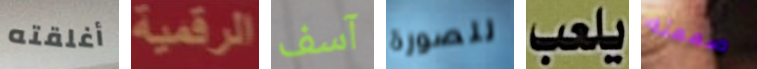
أغلقته الرقمية آسف للصورة يلعب صممته